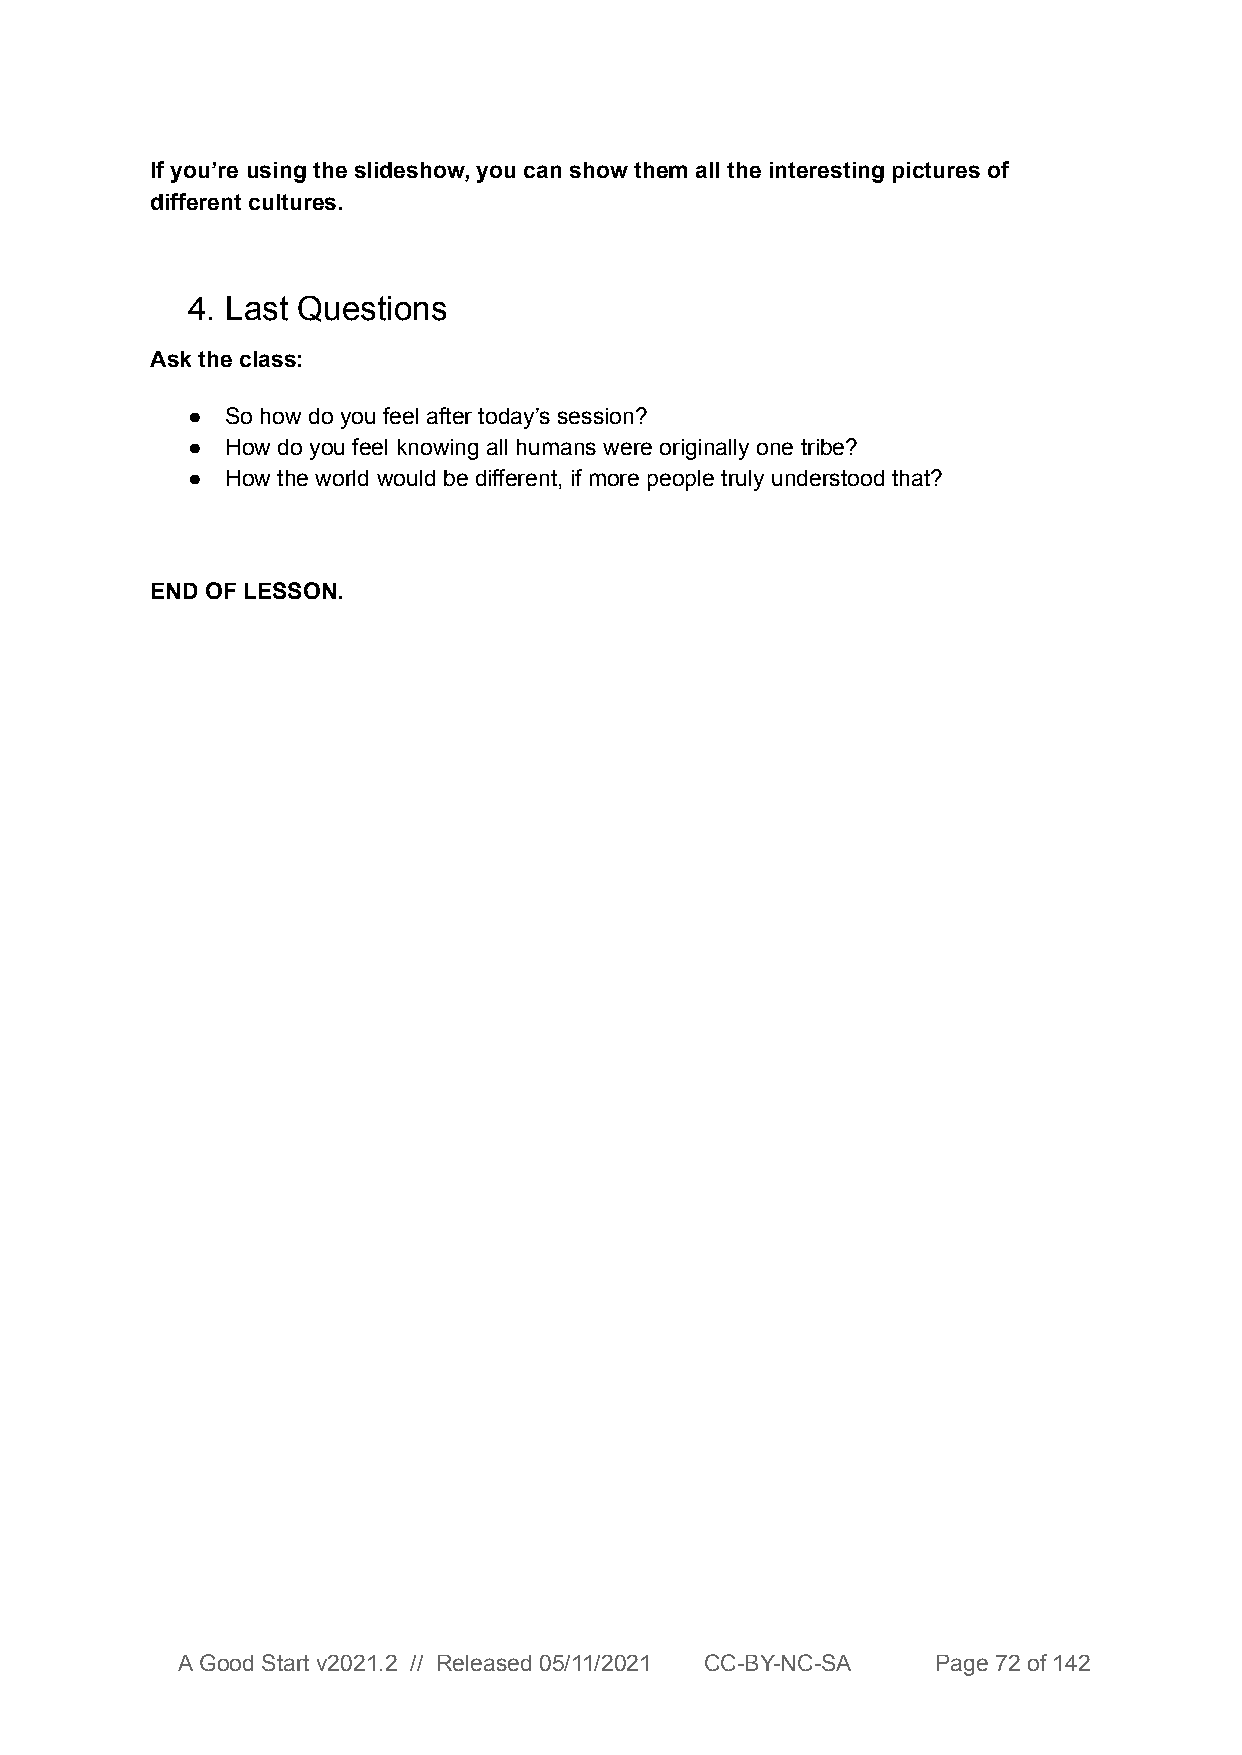
If you’re using the slideshow, you can show them all the interesting pictures of
 different cultures.
 4. Last Questions
 Ask the class:
 ●  So how do you feel after today’s session?
 ●  How do you feel knowing all humans were originally one tribe?
 ●  How the world would be different, if more people truly understood that?
 END OF LESSON.
 A Good Start v2021.2 // Released 05/11/2021 CC-BY-NC-SA Page 72 of 142